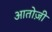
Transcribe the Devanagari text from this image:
आतोज़ी